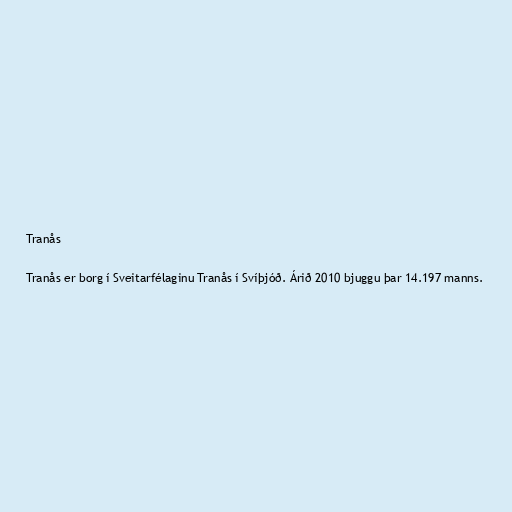
Tranås

Tranås er borg í Sveitarfélaginu Tranås í Svíþjóð. Árið 2010 bjuggu þar 14.197 manns.